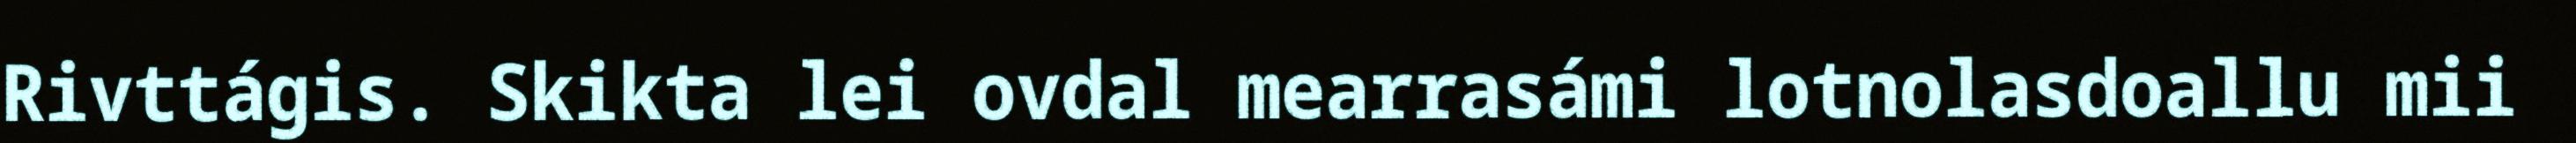
Rivttágis. Skikta lei ovdal mearrasámi lotnolasdoallu mii